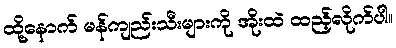
ထို့နောက် မန်ကျည်းသီးများကို အိုးထဲ ထည့်လိုက်ပါ။